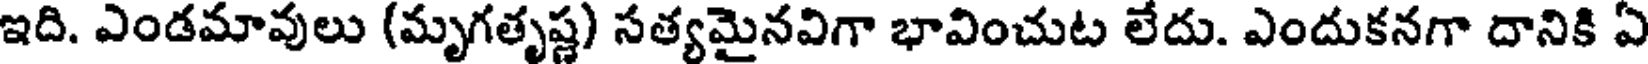
ఇది. ఎండమావులు (మృగతృష్ణ) సత్యమైనవిగా భావించుట లేదు. ఎందుకనగా దానికి ఏ